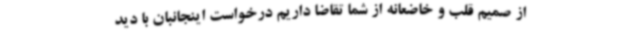
از صمیم قلب و خاضعانه از شما تقاضا داریم درخواست اینجانبان با دید